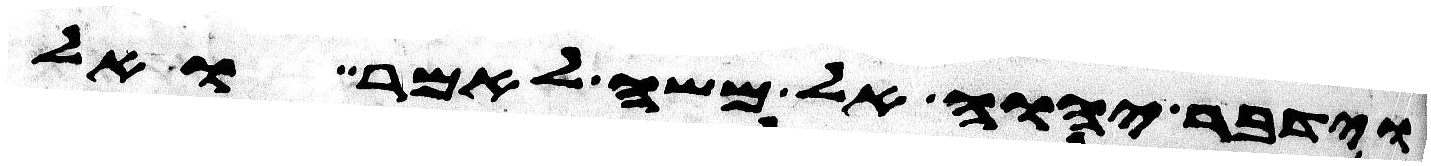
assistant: וידבר יהוה אל משה לאמר ואל